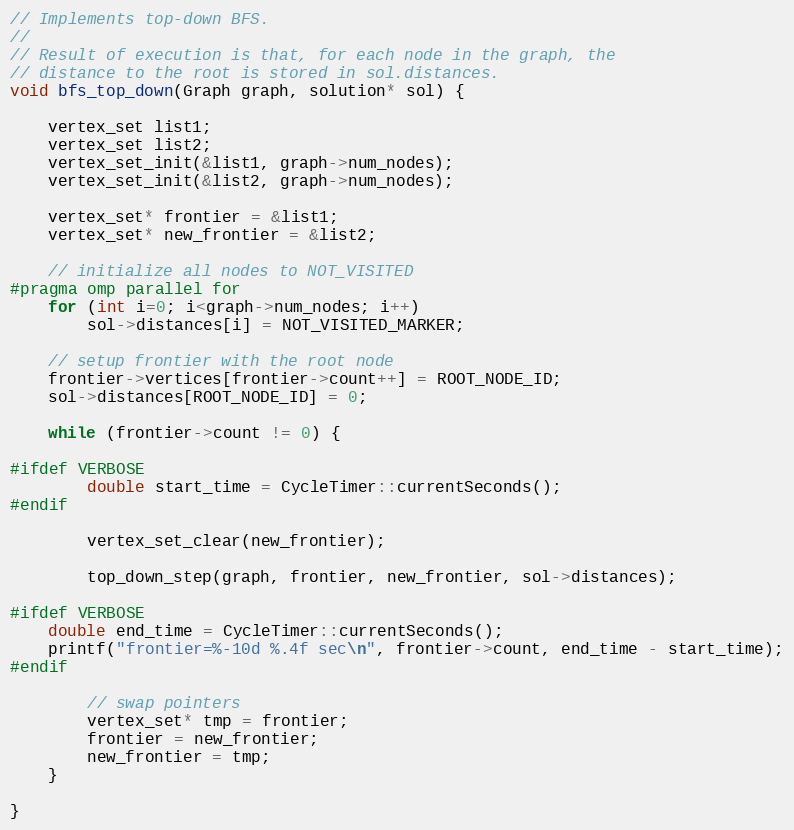
Language: C++
// Implements top-down BFS.
//
// Result of execution is that, for each node in the graph, the
// distance to the root is stored in sol.distances.
void bfs_top_down(Graph graph, solution* sol) {

    vertex_set list1;
    vertex_set list2;
    vertex_set_init(&list1, graph->num_nodes);
    vertex_set_init(&list2, graph->num_nodes);

    vertex_set* frontier = &list1;
    vertex_set* new_frontier = &list2;

    // initialize all nodes to NOT_VISITED
#pragma omp parallel for
    for (int i=0; i<graph->num_nodes; i++)
        sol->distances[i] = NOT_VISITED_MARKER;

    // setup frontier with the root node
    frontier->vertices[frontier->count++] = ROOT_NODE_ID;
    sol->distances[ROOT_NODE_ID] = 0;

    while (frontier->count != 0) {

#ifdef VERBOSE
        double start_time = CycleTimer::currentSeconds();
#endif

        vertex_set_clear(new_frontier);

        top_down_step(graph, frontier, new_frontier, sol->distances);

#ifdef VERBOSE
    double end_time = CycleTimer::currentSeconds();
    printf("frontier=%-10d %.4f sec\n", frontier->count, end_time - start_time);
#endif

        // swap pointers
        vertex_set* tmp = frontier;
        frontier = new_frontier;
        new_frontier = tmp;
    }

}